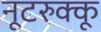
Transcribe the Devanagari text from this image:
नूटरुक्कू